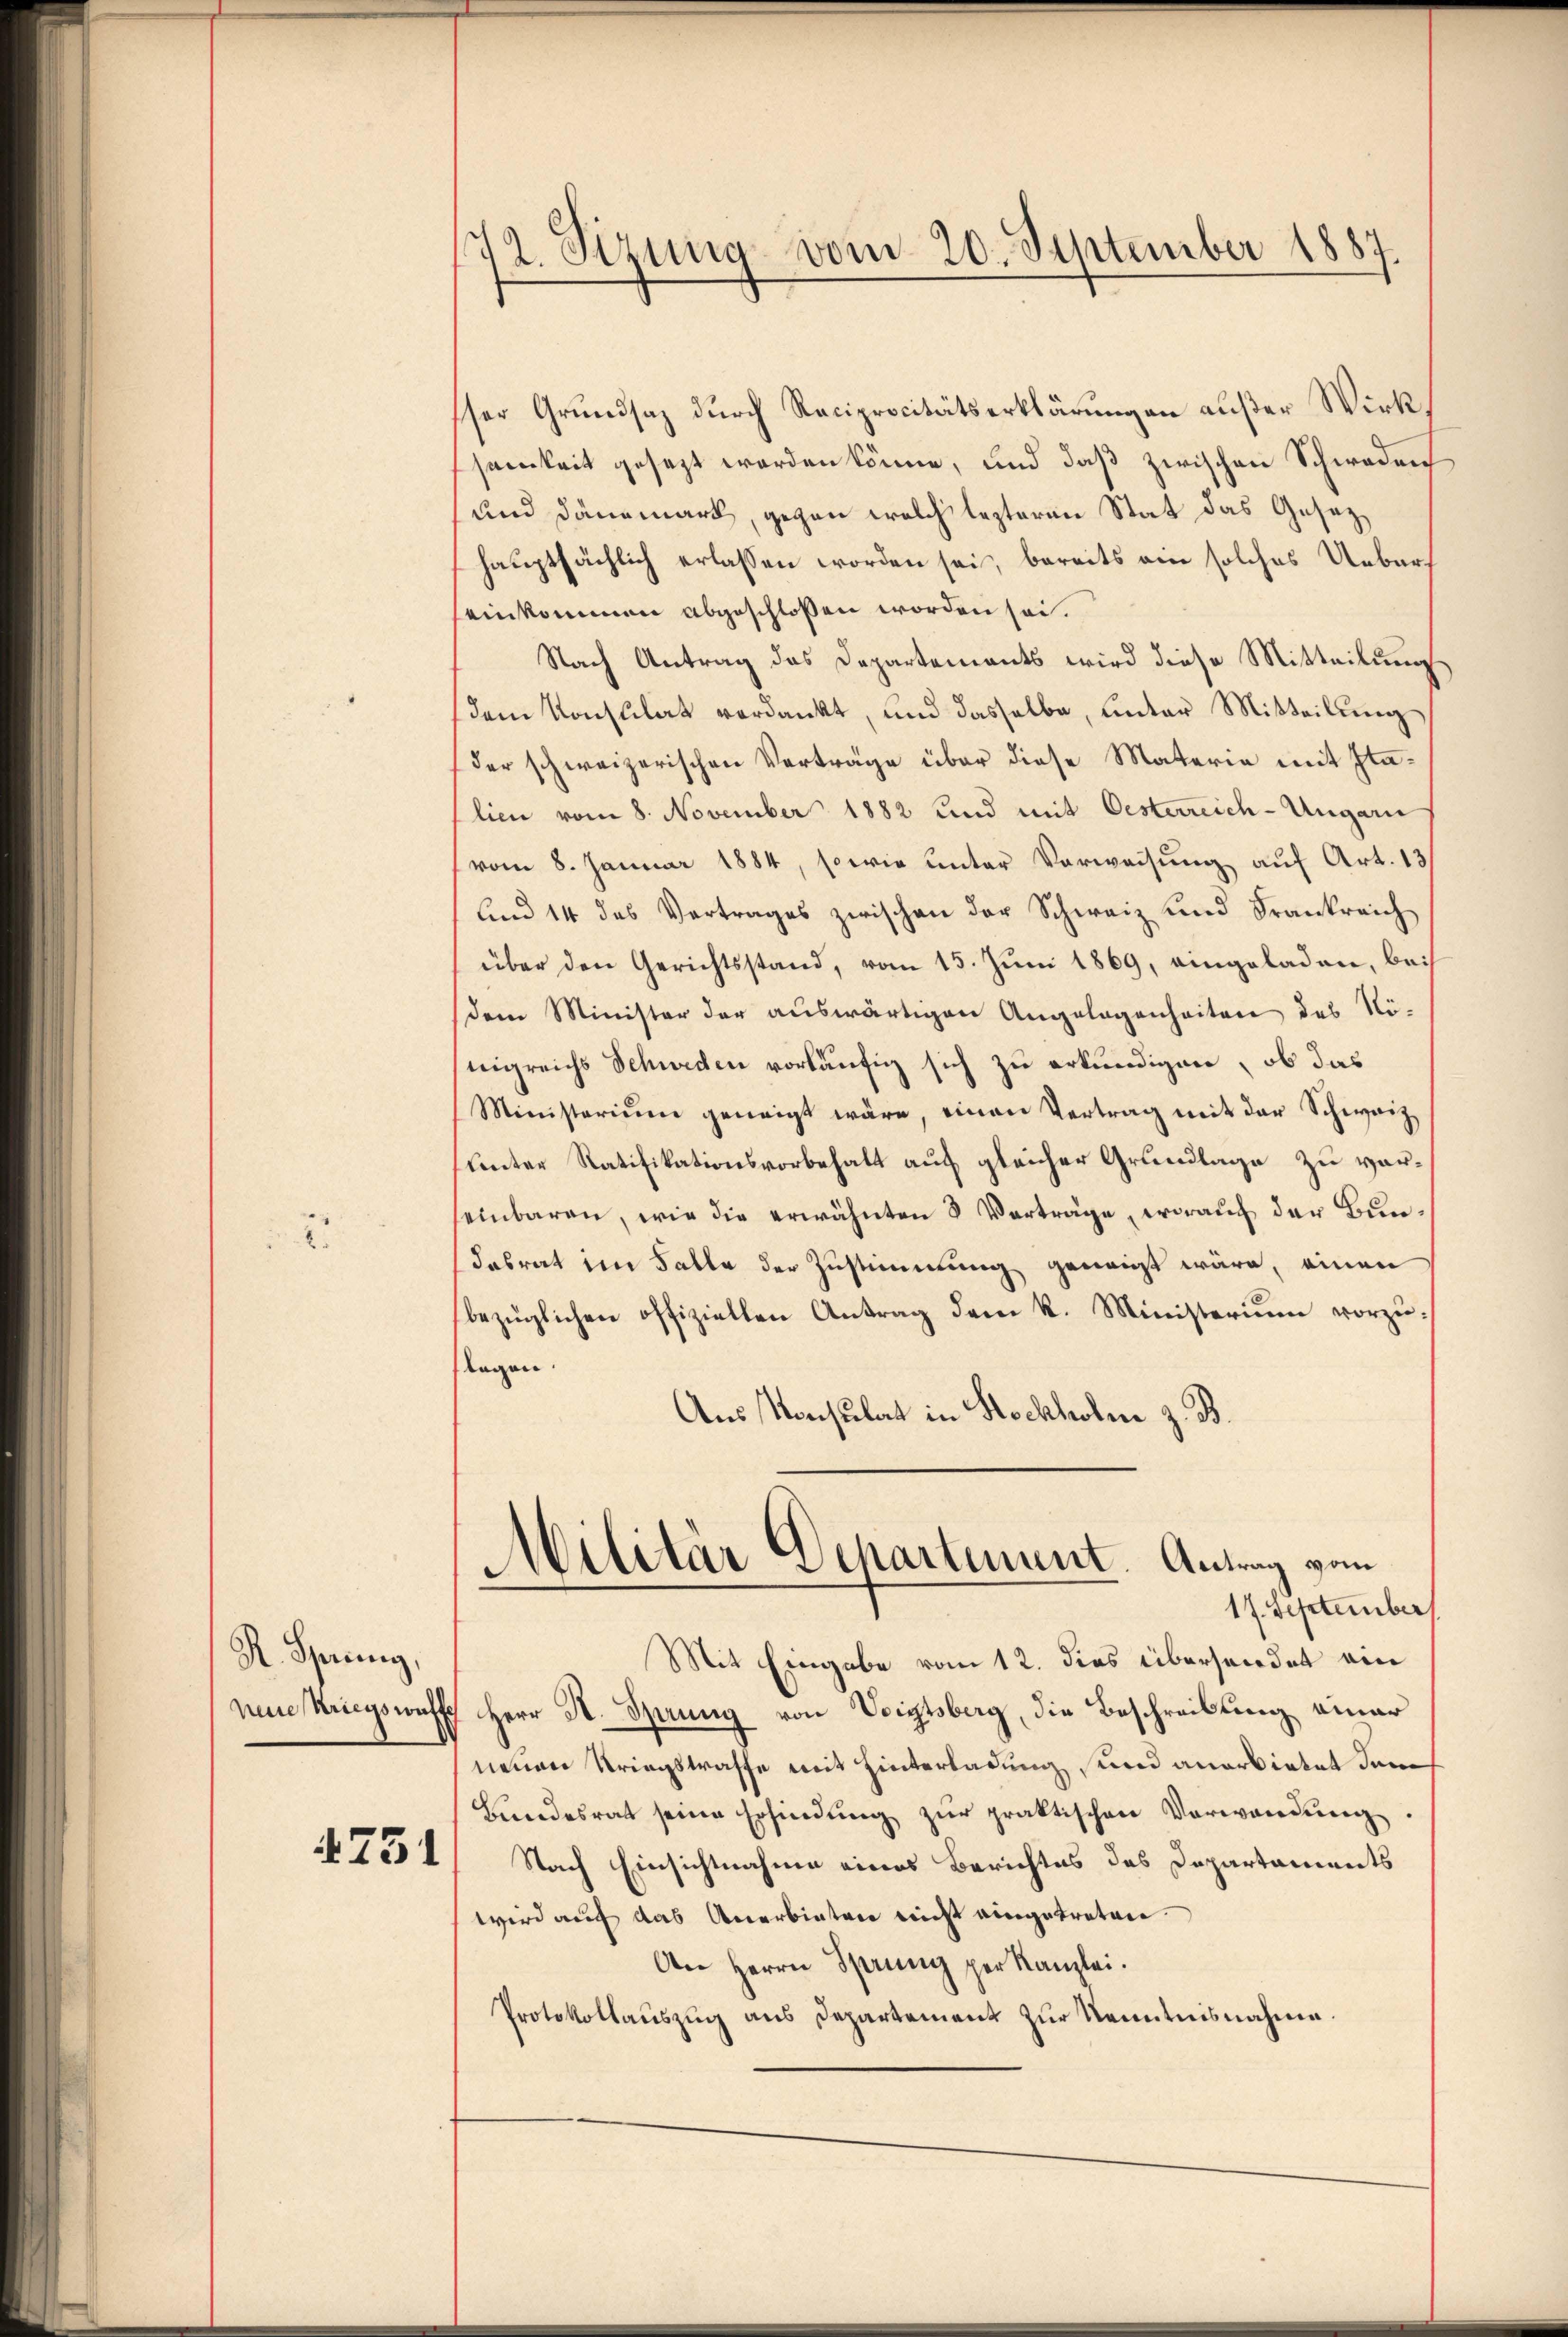
2

R. Sperrung,

1751

72. Sizung vom 20. September 1887.

sser Grundsaz durch Reciprocitätserklärungen außer Wirksamkeit gesezt werden könne, und daß zwischen Schwaden,
und Dänemark, gegen welch lezteren Stat das Gesezhauptsächlich erlassen worden sei, bereits ein solches Ueberseinkommen abgeschlossen worden sei.
Nach Antrag das Departements wird diese Mitteilung
(dem Konsulat verdankt, und dasselbe, unter Mitteilung
der schweizerischen Verträge über diese Materie mit Italien vom 8. November 1882 und mit Oesterreich-Ungarn
vom 8. Januar 1884, sowie unter Verweisung auf Art. 131
lind 14 des Vertrages zwischen der Schweiz und Frankreich
über den Gerichtsstand, vom 15. Juni 1869, eingeladen, bei
dem Minister der auswärtigen Angelegenheiten des Nönigreichs Schweden vorläufig sich zu erkundigen, ob das
Ministerium geneigt wäre, einen Vertrag mit der Schweiz
unter Ratifikationsvorbehalt auf gleicher Grundlage zu vereinbaren, wie die erwähnten & Verträge, worauf der Bundabrat im Falle der Zustimmung geneigt wäre, einen
bezüglichen offiziellen Antrag dem k. Ministerium vorzutlagen.
Aus Konsulat in Stockholnn z. B.
Militär Departement. Antrag vom
17. September
Mit Eingabe vom 12. dies übersendet ein
neue Kriegsrath Herr A. Sprung von Voigtsberg, die Beschreibung einer
neuen Kriegstraffe mit Hinterladung und anerbietet dem
Bundesrat seine Erfindung zŭr praktischen Vorwandung
Nach Einsichtnahme eines Berichtes des Departaments
wird auf das Anerbieten nicht eingetreten
An Herrn Sprung per Kanzlei.
Protokollauszug aus Departement zur Kenntnisnahme.